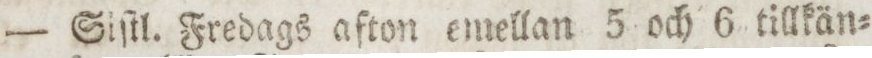
— Siſtl. Fredags afton emellan 5 och 6 tillkän=